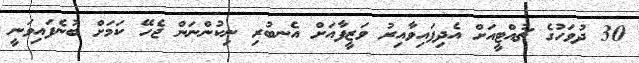
30 ދުވަހުގެ ޗުއްޓީއަށް އެދިފައިވާއިރު ވަޒީފާއަށް އެނބުރި ނިކުންނަން ޖެހޭ ކަމަށް ބުނެފައިވަނީ